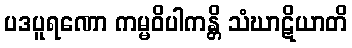
ပဒပူရဏော ကမ္မဝိပါကန္တိ သံဃာဋိယာတိ